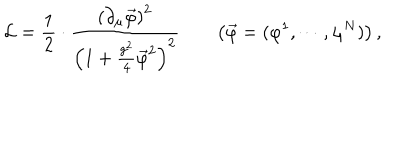
LaTeX: { \cal L } = \frac { 1 } { 2 } \cdot \frac { \left( \partial _ { \mu } \vec { \varphi } \right) ^ { 2 } } { \left( 1 + \frac { g ^ { 2 } } { 4 } \vec { \varphi } ^ { 2 } \right) ^ { 2 } } \qquad \left( \vec { \varphi } = ( \varphi ^ { 1 } , \cdots , \varphi ^ { N } ) \right) ,